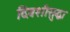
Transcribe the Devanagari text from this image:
दिवशीसुद्धा